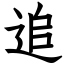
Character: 追